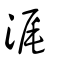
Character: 浘